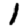
Digit: 1